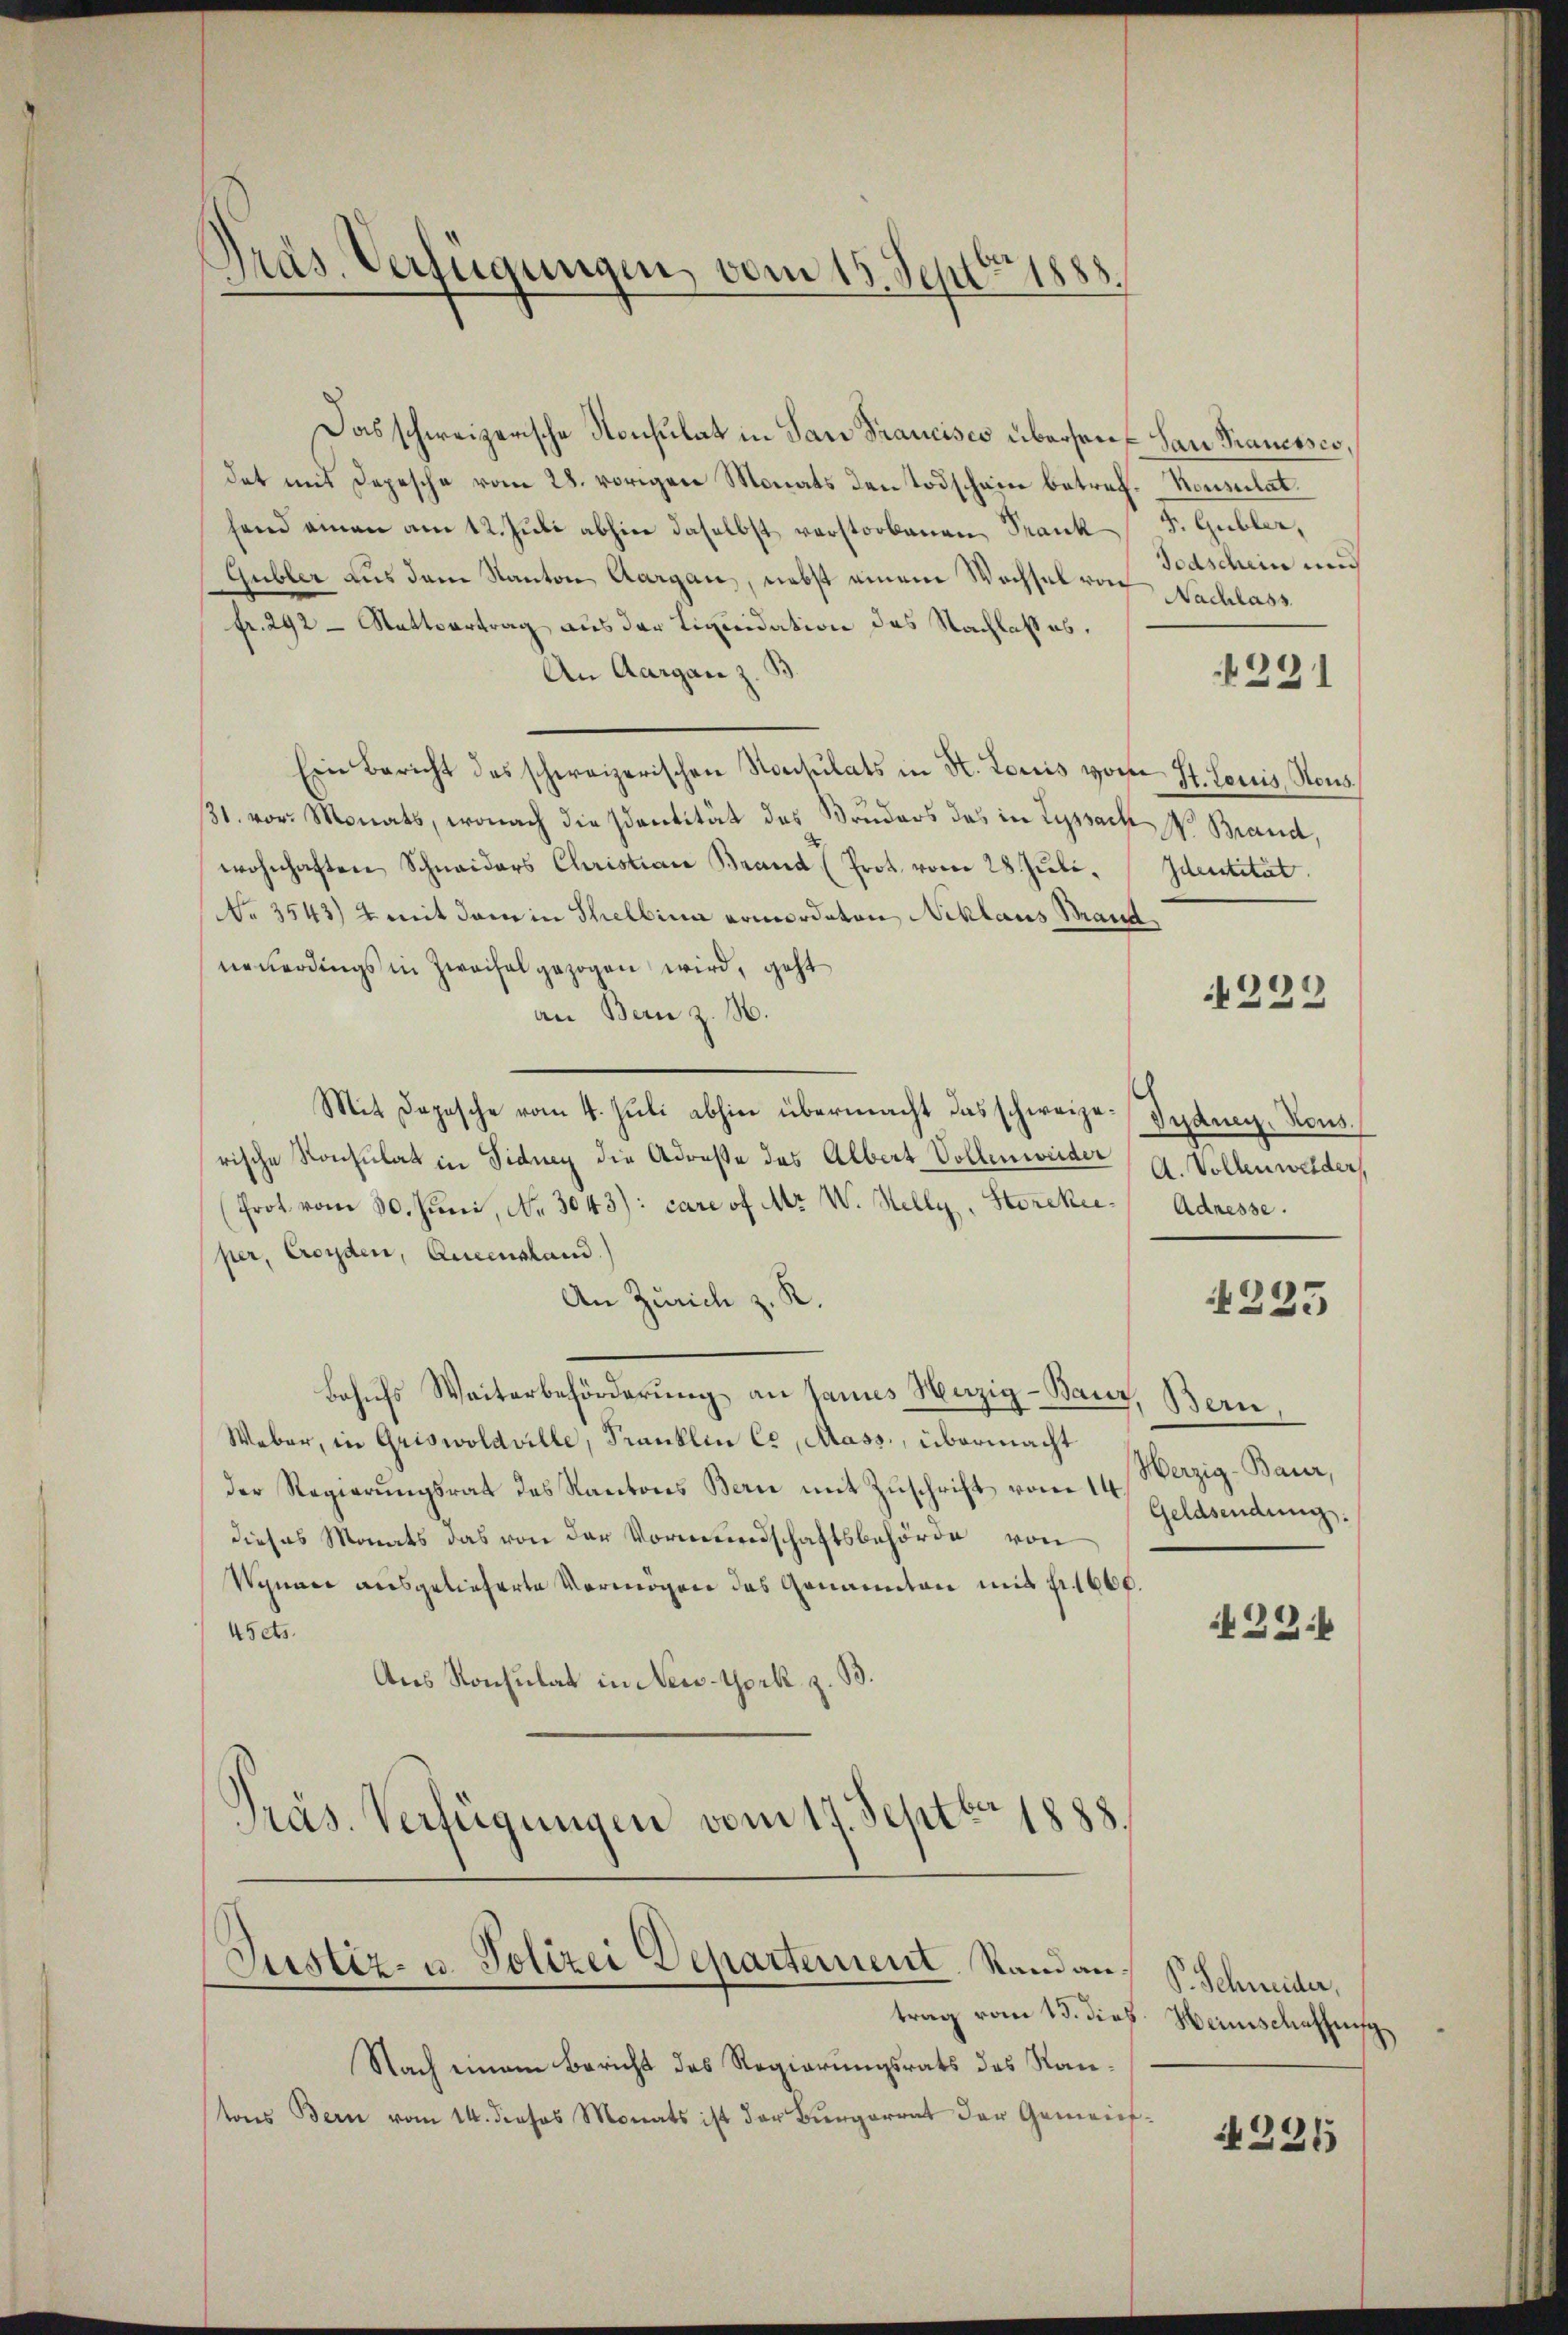
1
Präs. Verfügungen, vom 15. Sept 1888.

Justiz- u. Polizei Departement. Stand an

Das schweizerische Konsulat in Pare Francisco übersauf San Trauenses,
det mit Depesche vom 28. vorigen Monats den Todschein betref-Konsulat
fand einen am 12. Juli abhin daselbst verstorbenen Frank. Gubler,
Gubler aus dem Kanton Aargau, nebst einem Wechsel von Nachlass
fr. 292 - Stattvertrag aus der Liquidation des Nachlaßes,
An Aargau z. B.
Ein Bericht des schweizerischen Konsulats in St. Louis von St. Louis, Nous
31. vor. Monats, wonach die Identität des Bruders das in Lyssach W. Brand,
wohnhaften Schneiders Christian Brand (Prot. vom 28. Juli.
No 3543) u. mit dem in Thelbina ermordeten Niklaus Mand
neuerdings in Zweifel gezogen wird, geht
an Bern z. B.
.
Mit Depesche vom 4. Juli abhin übermacht das schweize-Setenz-Kons.
rische Konsulat in Sidney die Adresse des Albert Vollenweider
(Frot vom 30. Juni, No. 3043): care of Mr. W. Helly, Storckie- Adresse.
per, Croyden, Queenstand.
An Zürich z. R.
Bohufs Weiterbeförderung an sames Nazig-Banz, Bern,
Weber, in Griswoldville, Franklin Ce, Mass, übermacht
der Regierungsrat des Kantons Bern mit Zuschrift vom 14.
dieses Monats das von der Vormundschaftsbehörde von
Wynace ausgelieferte Vermögen das Genannten mit Fr. 1600.
45 cts.
Aus Konsulat in New-York z. B.
Präs. Verfügungen vom 17. Septbr 1888.

trag vom 13. dieß. Weinschaffung
Nach einem Bericht des Regierungsrats des Kantons Bern vom 14. dieses Monats ist der Bürgerrat der Gemeins¬

Todschein und

291

Identität.

223

A. Vollenweider

225

Herzig-Baur,
Geldsendung.

1336

P. Schneider,

N 221